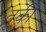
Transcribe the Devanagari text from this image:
तूर्की